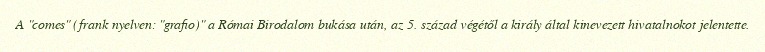
A "comes" (frank nyelven: "grafio)" a Római Birodalom bukása után, az 5. század végétől a király által kinevezett hivatalnokot jelentette.